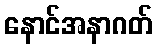
နောင်အနာဂတ်